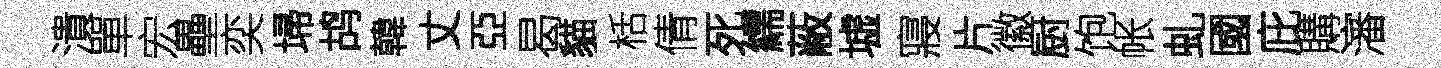
潰單宏壘奕埽鸪韓丈亞曷貓栝倩死繻蔽墟寢片徽厨饱帐虬國庇購瀋